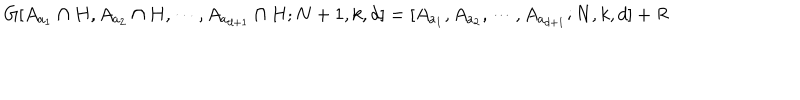
G [ A _ { a _ { 1 } } \cap H , A _ { a _ { 2 } } \cap H , \cdots , A _ { a _ { d + 1 } } \cap H ; N + 1 , k , d ] = [ A _ { a _ { 1 } } , A _ { a _ { 2 } } , \cdots , A _ { a _ { d + 1 } } ; N , k , d ] + R